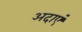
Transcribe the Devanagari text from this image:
अदाएं